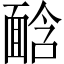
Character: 𩈣